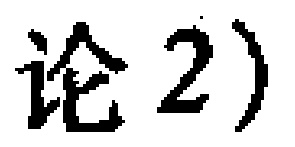
论2）